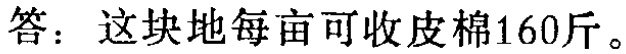
答：这块地每亩可收皮棉160斤。